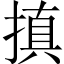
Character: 搷